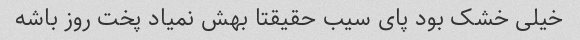
خیلی خشک بود پای سیب حقیقتا بهش نمیاد پخت روز باشه